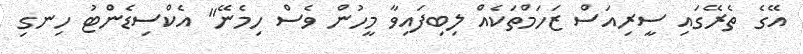
އޭގެ ތެރޭގައި ސީރިއަސް ޒަހަމްތަކެއް ލިބިފައިވާ މީހުން ވެސް ހިމެނޭ" އެކްސިޑެންޓު ހިނގި